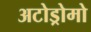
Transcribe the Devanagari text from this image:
अटोड्रोमो